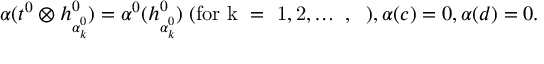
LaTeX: { \alpha } ( t ^ { 0 } \otimes h _ { { \alpha } _ { k } ^ { 0 } } ^ { 0 } ) = { \alpha } ^ { 0 } ( h _ { { \alpha } _ { k } ^ { 0 } } ^ { 0 } ) \; \mathrm { ( f o r ~ k ~ = ~ 1 , 2 , \ldots ~ , \ell ~ ) } , { \alpha } ( c ) = 0 , { \alpha } ( d ) = 0 .